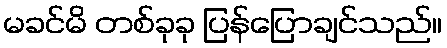
မခင်မိ တစ်ခုခု ပြန်ပြောချင်သည်။